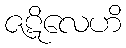
ဇဋိလေဟိ